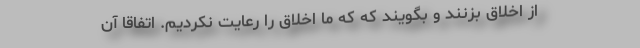
از اخلاق بزنند و بگویند که که ما اخلاق را رعایت نکردیم. اتفاقا آن